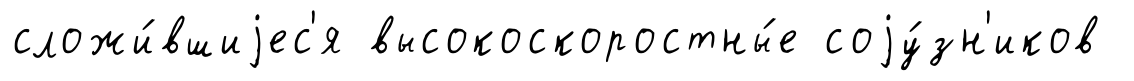
сложи́вшиjес'я высокоскоростны́е соjу́зн'иков